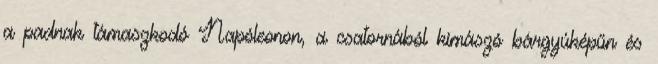
a padnak támaszkodó Napóleonon, a csatornából kimászó bárgyúképűn és